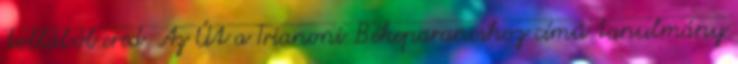
tollából ered. Az Út a Trianoni Békeparancshoz című tanulmány